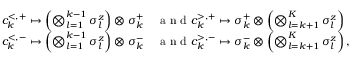
\begin{array} { r l } { c _ { k } ^ { < , + } \mapsto \left( \bigotimes _ { l = 1 } ^ { k - 1 } \sigma _ { l } ^ { z } \right) \otimes \sigma _ { k } ^ { + } } & { { } \mathrm { ~ a ~ n ~ d ~ } c _ { k } ^ { > , + } \mapsto \sigma _ { k } ^ { + } \otimes \left( \bigotimes _ { l = k + 1 } ^ { K } \sigma _ { l } ^ { z } \right) } \\ { c _ { k } ^ { < , - } \mapsto \left( \bigotimes _ { l = 1 } ^ { k - 1 } \sigma _ { l } ^ { z } \right) \otimes \sigma _ { k } ^ { - } } & { { } \mathrm { ~ a ~ n ~ d ~ } c _ { k } ^ { > , - } \mapsto \sigma _ { k } ^ { - } \otimes \left( \bigotimes _ { l = k + 1 } ^ { K } \sigma _ { l } ^ { z } \right) , } \end{array}